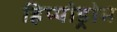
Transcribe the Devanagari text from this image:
हिप्पोड्रोम